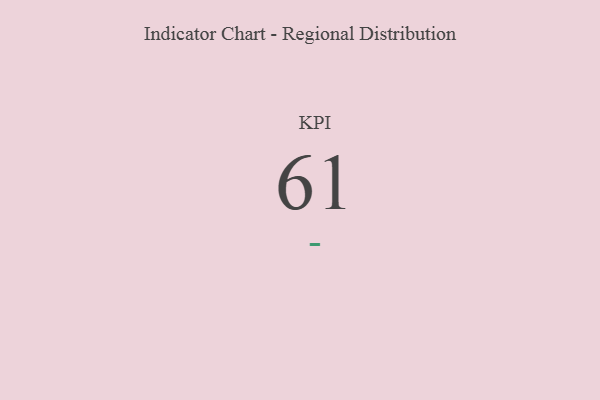
{"axis": {"x": "KPI", "y": "Value"}, "legend": [""], "data": [{"x": "KPI", "y": 61, "type": ""}]}